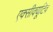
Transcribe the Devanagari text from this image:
एक्सीक्यूटिव